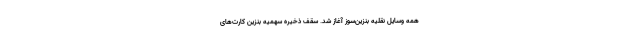
همه وسایل نقلیه بنزین‌سوز آغاز شد. سقف ذخیره سهمیه بنزین کارت‌های